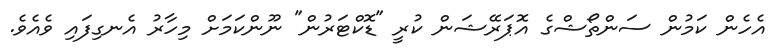
އެހެން ކަމުން ސަންތޯޝްގެ އޮޕަރޭޝަން ކުރީ "ޑޮކްޓަރުން" ނޫންކަމަށް މިހާރު އެނގިފައި ވެއެވެ.